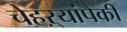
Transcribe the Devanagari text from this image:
चेहऱ्यांपैकी